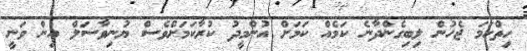
ހިތްހަމަ ޖެހުން ލިބިގެންދާނެ ކަމެއް ކަމަށް އުންމީދު ކުރާކަމަށްވެސް ޔުނިވާސަލް އިން ވަނީ